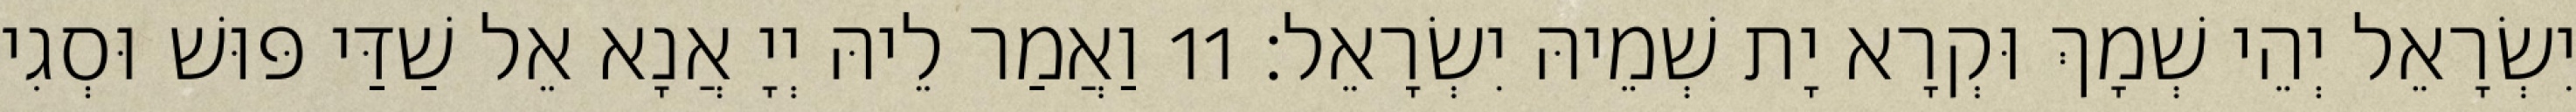
יִשְׂרָאֵל יְהֵי שְׁמָךְ וּקְרָא יָת שְׁמֵיהּ יִשְׂרָאֵל׃ 11 וַאֲמַר לֵיהּ יְיָ אֲנָא אֵל שַׁדַּי פּוּשׁ וּסְגִי